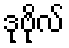
ဒုဗိုလ်